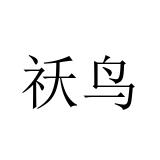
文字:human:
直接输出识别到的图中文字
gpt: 祅鸟